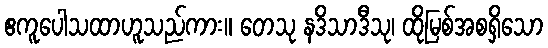
ဧကူပေါသထာဟူသည်ကား။ တေသု နဒိသာဒီသု၊ ထိုမြစ်အစရှိသော